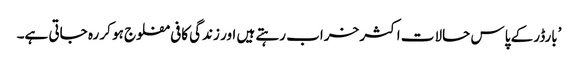
’بارڈر کے پاس حالات اکثر خراب رہتے ہیں اور زندگی کافی مفلوج ہو کر رہ جاتی ہے۔